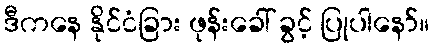
ဒီကနေ နိုင်ငံခြား ဖုန်းခေါ် ခွင့် ပြုပါနော်။